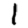
Digit: 1